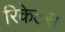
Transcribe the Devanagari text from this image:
रिकेटस